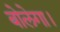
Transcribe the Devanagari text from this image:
बोलेगा।